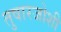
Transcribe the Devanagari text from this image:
तुषारजोशी